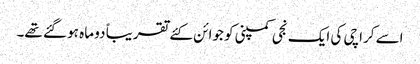
اسے کراچی کی ایک نجی کمپنی کو جوائن کئے تقریباً دو ماہ ہو گئے تھے۔